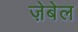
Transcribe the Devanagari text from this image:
ज़ेबेल